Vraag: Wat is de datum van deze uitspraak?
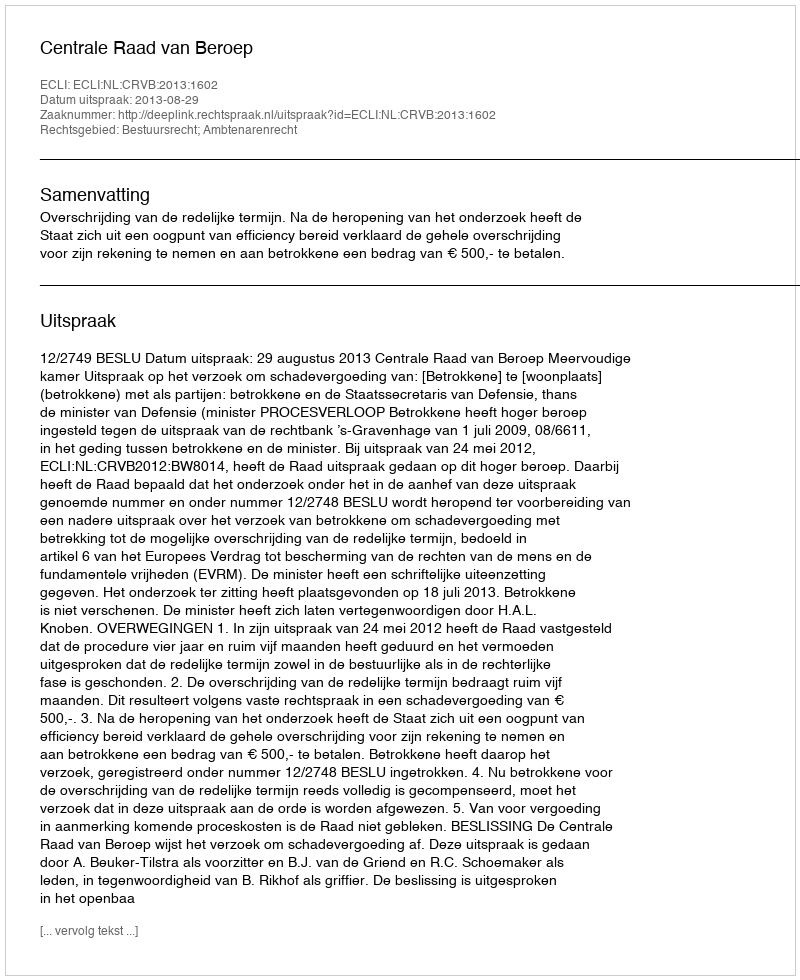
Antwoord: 2013-08-29